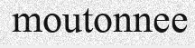
moutonnee